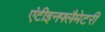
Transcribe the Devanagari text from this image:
एंटीइनफ्लैमेटरी